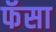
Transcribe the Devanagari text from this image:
फॅसा